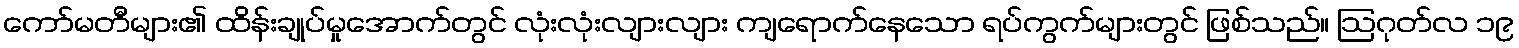
ကော်မတီများ၏ ထိန်းချုပ်မှုအောက်တွင် လုံးလုံးလျားလျား ကျရောက်နေသော ရပ်ကွက်များတွင် ဖြစ်သည်။ ဩဂုတ်လ ၁၉